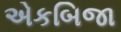
એકબિજા